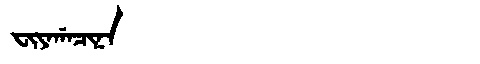
Manchu: ᠸᡳᠶᠠᡤᠠᠴᡳᠨᠠ
Romanization: FIYAGACINA